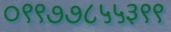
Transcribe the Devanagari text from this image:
०९९७७८५५३९९